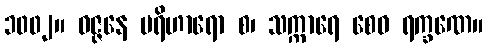
၁၀၀၂။ ဝဇ္ဇနေ ပရိဟာရော စ၊ သက္ကာရေ စေဝ ရက္ခဏေ။